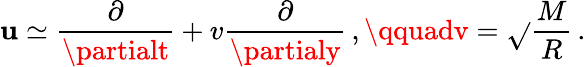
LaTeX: \mathbf{u}\simeq\frac{{\partial}}{{\partialt}}+v\frac{{\partial}}{{\partialy}}\, ,\qquadv=\sqrt{}{{\frac{{M}}{{R}}}}\, .